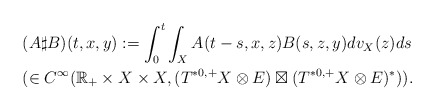
\begin{align*}&(A\sharp B)(t,x,y):=\int^t_0\int_XA(t-s,x,z)B(s,z,y)dv_X(z)ds \\&(\in C^\infty(\mathbb{R}_+\times X\times X, (T^{*0,+}X\otimes E)\boxtimes(T^{*0,+}X\otimes E)^*)).\end{align*}